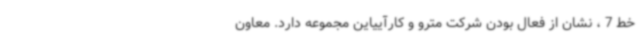
خط 7 ، نشان از فعال بودن شرکت مترو و کارآییاین مجموعه دارد. معاون